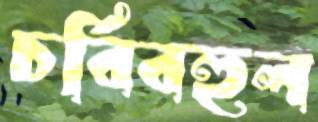
চর্বিবহুল